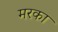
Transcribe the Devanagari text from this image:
मरका